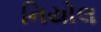
નિયોલ